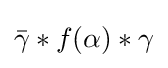
{\bar {\gamma }}*f(\alpha )*\gamma